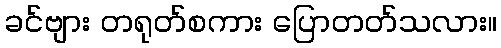
ခင်ဗျား တရုတ်စကား ပြောတတ်သလား။